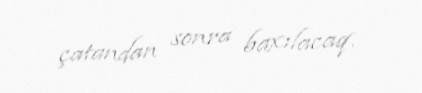
çatandan sonra baxılacaq.